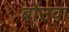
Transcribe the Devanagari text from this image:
बोउवा